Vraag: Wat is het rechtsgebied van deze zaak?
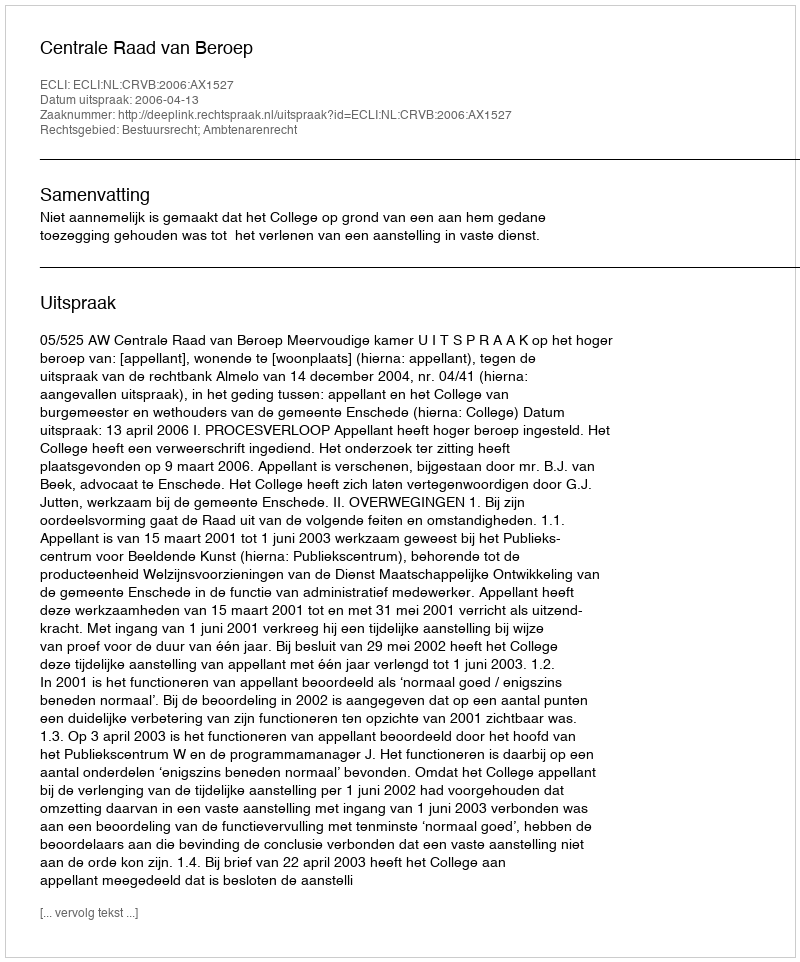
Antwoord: Bestuursrecht; Ambtenarenrecht